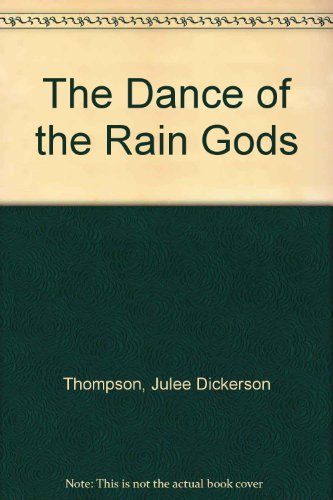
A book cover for The Dance of the Rain Gods; Julee Dickerson Thompson; Children's Books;